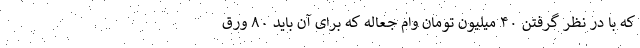
که با در نظر گرفتن ۴۰ میلیون تومان وام جعاله که برای آن باید ۸۰ ورق